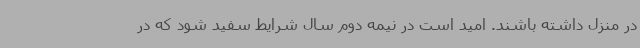
در منزل داشته باشند. امید است در نیمه دوم سال شرایط سفید شود که در